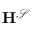
\mathbf { H } ^ { \mathcal { S } }